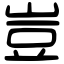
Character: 豈